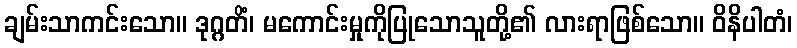
ချမ်းသာကင်းသော။ ဒုဂ္ဂတိံ၊ မကောင်းမှုကိုပြုသောသူတို့၏ လားရာဖြစ်သော။ ဝိနိပါတံ၊